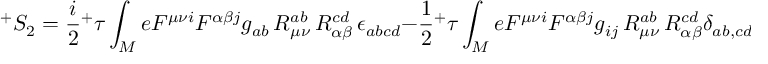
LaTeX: ^ { + } S _ { 2 } = \frac { i } { 2 } { ^ + \tau } \int _ { M } e F ^ { \mu \nu i } F ^ { \alpha \beta j } g _ { a b } \, { \cal R } _ { \mu \nu } ^ { a b } \, { \cal R } _ { \alpha \beta } ^ { c d } \, \epsilon _ { a b c d } - \frac { 1 } { 2 } { ^ + \tau } \int _ { M } e F ^ { \mu \nu i } F ^ { \alpha \beta j } g _ { i j } \, { \cal R } _ { \mu \nu } ^ { a b } \, { \cal R } _ { \alpha \beta } ^ { c d } \delta _ { a b , c d } \, .